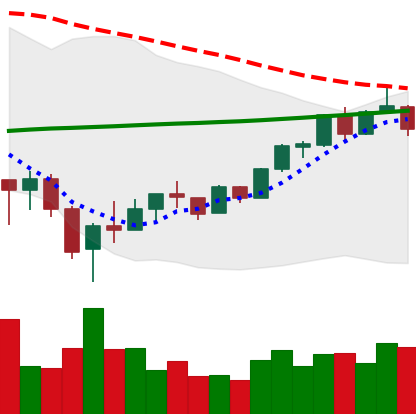
Ticker: BTC-USD
Chart end date: 2018-02-21
Forward return: -3.028%
Label: down_3_5